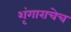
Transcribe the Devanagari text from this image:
शृंगाराचेच